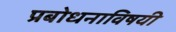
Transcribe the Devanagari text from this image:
प्रबोधनाविषयी